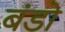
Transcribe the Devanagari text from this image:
बंडो